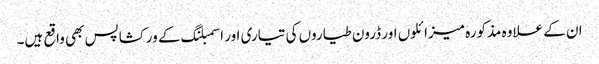
ان کے علاوہ مذکورہ میزائلوں اور ڈرون طیاروں کی تیاری اور اسمبلنگ کے ورکشاپس بھی واقع ہیں۔